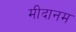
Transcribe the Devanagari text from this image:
मीदानम